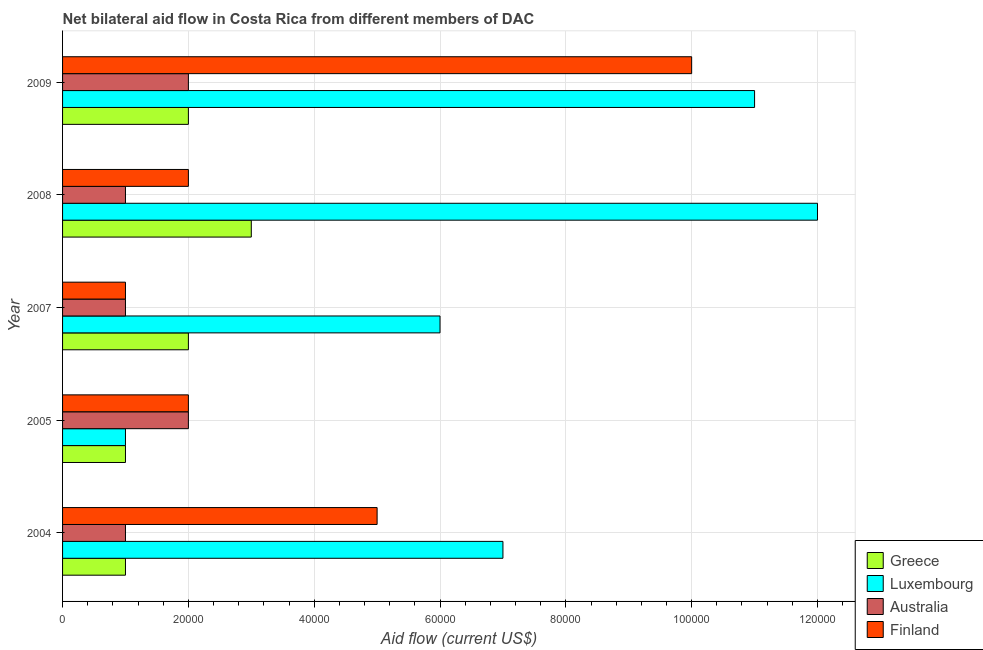
| Year | Greece | Luxembourg | Australia | Finland |
 | --- | --- | --- | --- | --- |
 | 2004 | 1e+04 | 7e+04 | 1e+04 | 5e+04 |
 | 2005 | 1e+04 | 1e+04 | 2e+04 | 2e+04 |
 | 2007 | 2e+04 | 6e+04 | 1e+04 | 1e+04 |
 | 2008 | 3e+04 | 1.2e+05 | 1e+04 | 2e+04 |
 | 2009 | 2e+04 | 1.1e+05 | 2e+04 | 1e+05 |